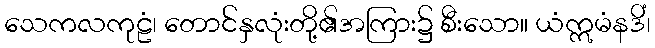
သေကလကုဠံ၊ တောင်နှလုံးတို့၏အကြား၌ စီးသော။ ယံဣမံနဒိံ၊